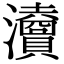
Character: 𤄴